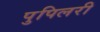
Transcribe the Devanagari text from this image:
पुपिलरी